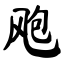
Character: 飑